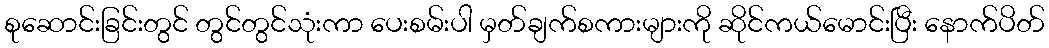
စုဆောင်းခြင်းတွင် တွင်တွင်သုံးကာ ပေးစမ်းပါ မှတ်ချက်စကားများကို ဆိုင်ကယ်မောင်းပြီး နောက်ပိတ်